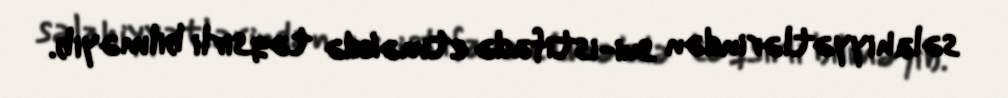
səlahiyyətlərindən sui-istifadə etməkdə təqsirli bilməyib.